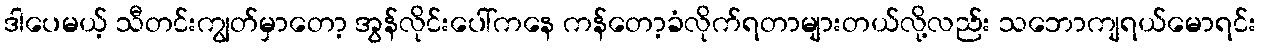
ဒါပေမယ့် သီတင်းကျွတ်မှာတော့ အွန်လိုင်းပေါ်ကနေ ကန်တော့ခံလိုက်ရတာများတယ်လို့လည်း သဘောကျရယ်မောရင်း